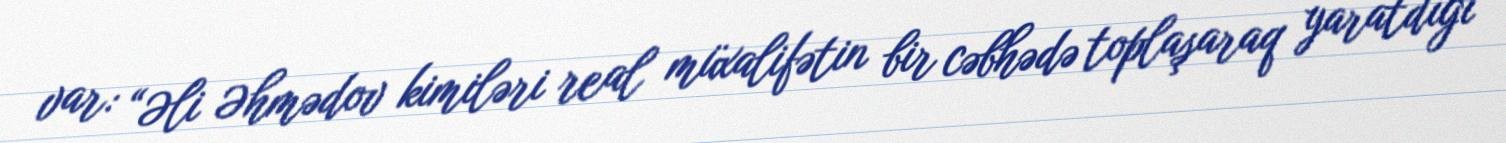
var: “Əli Əhmədov kimiləri real müxalifətin bir cəbhədə toplaşaraq yaratdığı